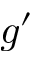
g ^ { \prime }